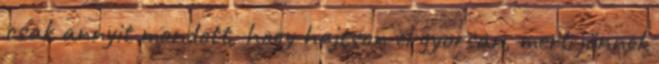
csak annyit mondott, hogy hajtson el gyorsan, mert jönnek